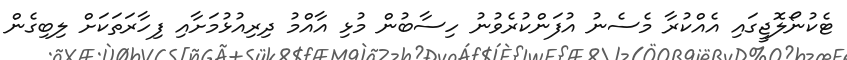
ޓެކުނޯލޮޖީގައި އެއްކުރާ މެސެނު އުފަންކުރެވުނު ހިސާބުން މުޅި އާއްމު ދިރިއުޅުމަށާއި ފިހާރަތަކަށް ލިބިގެން